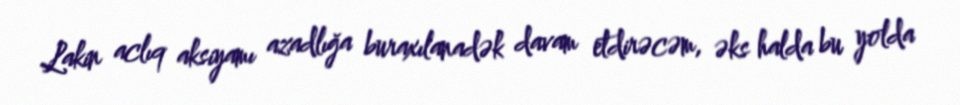
Lakin aclıq aksiyamı azadlığa buraxılanadək davam etdirəcəm, əks halda bu yolda